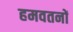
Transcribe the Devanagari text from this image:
हमवतनों